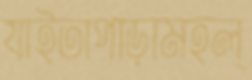
যাইতাপাড়ামহল্